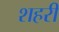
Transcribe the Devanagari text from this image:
शहरीं